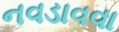
નવડાવવા